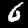
Label: 6